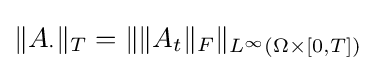
{\textstyle \|A_{\cdot }\|_{T}=\|\|A_{t}\|_{F}\|_{L^{\infty }(\Omega \times [0,T])}}